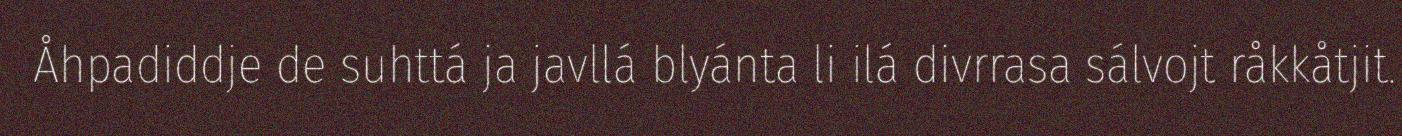
Åhpadiddje de suhttá ja javllá blyánta li ilá divrrasa sálvojt råkkåtjit.